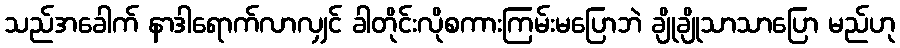
သည်အခေါက် နာဒါရောက်လာလျှင် ခါတိုင်းလိုစကားကြမ်းမပြောဘဲ ချိုချိုသာသာပြော မည်ဟု